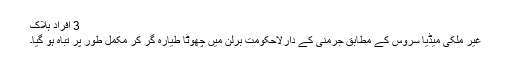
3 افراد ہلاک
غیر ملکی میڈیا سروس کے مطابق جرمنی کے دارلاحکومت برلن میں چھوٹا طیارہ گِر کر مکمل طور پر تباہ ہو گیا۔